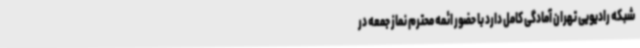
شبکه رادیویی تهران آمادگی کامل دارد با حضور ائمه محترم نماز جمعه در